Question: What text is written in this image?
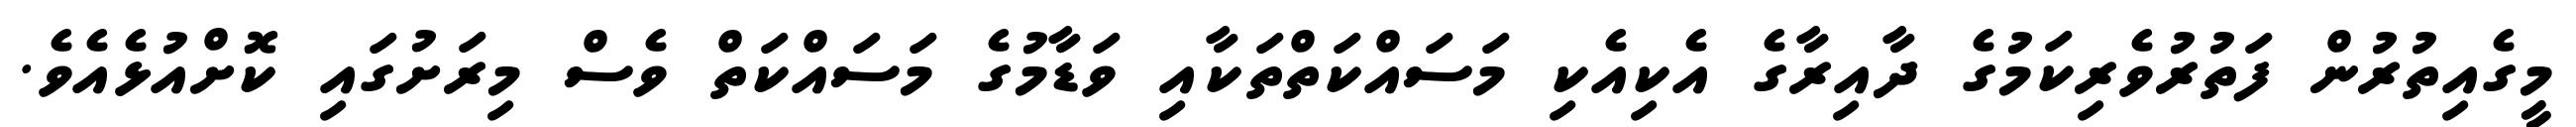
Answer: މީގެއިތުރުން ފަތުރުވެރިކަމުގެ ދާއިރާގެ އެކިއެކި މަސައްކަތްތަކާއި ވަޑާމުގެ މަސައްކަތް ވެސް މިރަށުގައި ކޮށްއުޅެއެވެ.